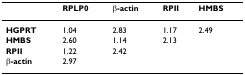
|  | RPLP0 | β-actin | RPII | HMBS |
 | --- | --- | --- | --- | --- |
 | HGPRT | 1.04 | 2.83 | 1.17 | 2.49 |
 | HMBS | 2.60 | 1.14 | 2.13 |  |
 | RPII | 1.22 | 2.42 |  |  |
 | β-actin | 2.97 |  |  |  |